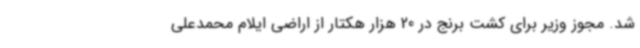
شد. مجوز وزیر برای کشت برنج در 20 هزار هکتار از اراضی ایلام محمدعلی